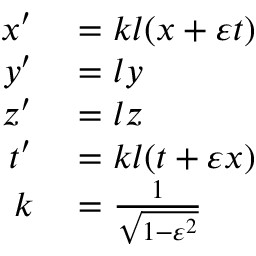
\begin{array} { r l } { x ^ { \prime } } & { { } = k l ( x + \varepsilon t ) } \\ { y ^ { \prime } } & { { } = l y } \\ { z ^ { \prime } } & { { } = l z } \\ { t ^ { \prime } } & { { } = k l ( t + \varepsilon x ) } \\ { k } & { { } = { \frac { 1 } { \sqrt { 1 - \varepsilon ^ { 2 } } } } } \end{array}